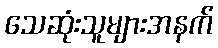
သေဆုံးသူများအနက်